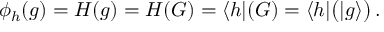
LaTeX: \phi _ { h } ( g ) = H ( g ) = H ( G ) = \langle h | ( G ) = \langle h | { \bigl ( } | g \rangle { \bigr ) } \, .